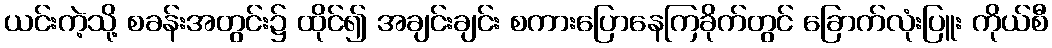
ယင်းကဲ့သို့ စခန်းအတွင်း၌ ထိုင်၍ အချင်းချင်း စကားပြောနေကြခိုက်တွင် ခြောက်လုံးပြူး ကိုယ်စီ